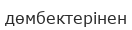
дөмбектерінен